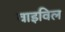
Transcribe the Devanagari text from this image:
वाइविल